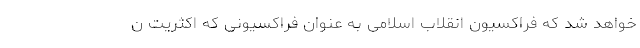
خواهد شد كه فراكسیون انقلاب اسلامی به عنوان فراكسیونی كه اكثریت ن